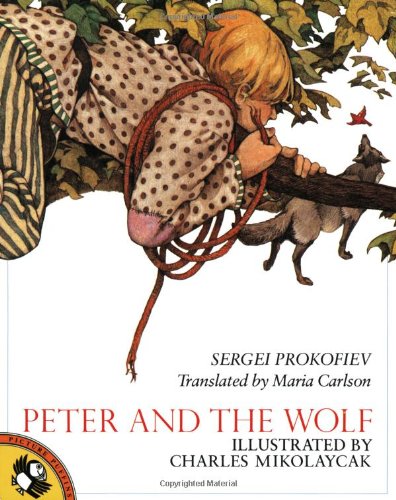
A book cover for Peter and the Wolf; Sergei Prokofiev; Children's Books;